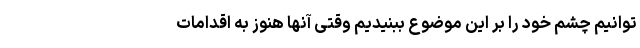
توانیم چشم خود را بر این موضوع ببنیدیم وقتی آنها هنوز به اقدامات